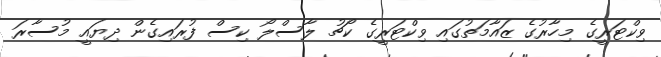
ވިކްޓަރީގެ މިހާރުގެ ޒައާމަތުގައި ވިކްޓަރީގެ ކޯޗު ލާސްލޯ ކިސް ފުރައިގެން ދިޔައީ މުސާރަ